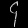
Digit: ၄